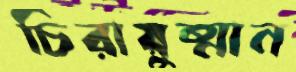
চিরায়ুষ্মান